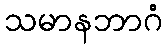
သမာနဘာဂံ